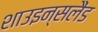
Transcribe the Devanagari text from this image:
शाउइन्सलैंड